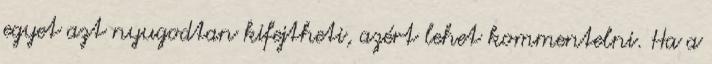
egyet azt nyugodtan kifejtheti, azért lehet kommentelni. Ha a